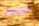
لفهم